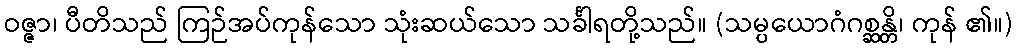
ဝဇ္ဇာ၊ ပီတိသည် ကြဉ်အပ်ကုန်သော သုံးဆယ်သော သင်္ခါရတို့သည်။ (သမ္ပယောဂံဂစ္ဆန္တိ၊ ကုန် ၏။)